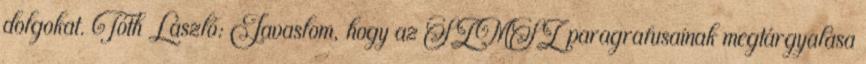
dolgokat. Tóth László: Javaslom, hogy az SZMSZ paragrafusainak megtárgyalása